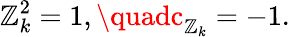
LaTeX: \mathbb{Z}_{k}^{2}=1,\quadc_{\mathbb{Z}_{k}}=-1.